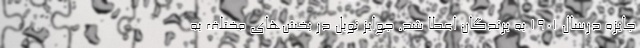
جایزه درسال ۱۹۰۱ به برندگان اعطا شد. جوایز نوبل در بخش‌های مختلف به